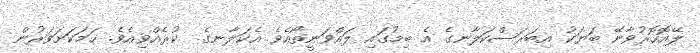
ލޭއޮހޮރުވާނޭ ބަޔަކު އިބަރަސްކަލާނގެ އެ ބިމުގައި ލައްވަނީތޯއެވެ އެކަލާނގެ  ކުރެއްވިއެވެ. ހަމަކަށަވަރުން